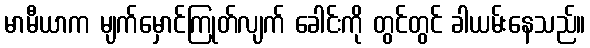
မာမီယာက မျက်မှောင်ကြုတ်လျက် ခေါင်းကို တွင်တွင် ခါယမ်းနေသည်။